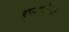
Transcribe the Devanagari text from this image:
रफायेला